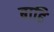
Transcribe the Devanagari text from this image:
बाढि